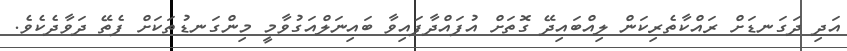
އަދި ދަގަނޑަށް ރައްކާތެރިކަން ލިއްބައިދޭ ގޮތަށް އުފައްދާފައިވާ ބައިނަލްއަގުވާމީ މިންގަނޑުތަކަށް ފެތޭ ދަވާދެކެވެ.